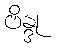
ဗိန္ဒု